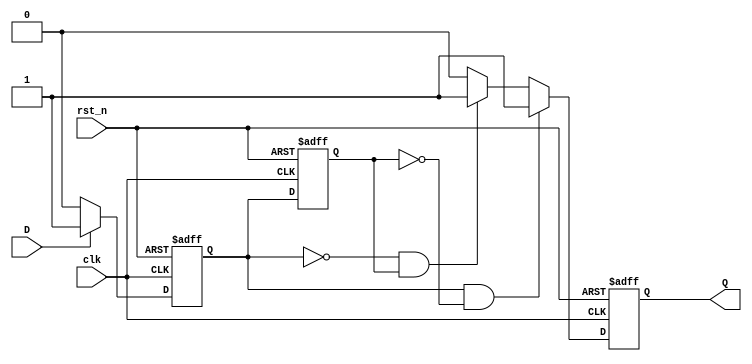
module SchmittTriggerEdgeDetector (
    input wire clk,          // Clock signal
    input wire rst_n,       // Active low reset
    input wire D,           // Input signal
    output reg Q            // Output signal indicating edge detection
);

    // Parameters for Schmitt Trigger thresholds
    parameter HIGH_THRESHOLD = 1'b1; // Define high threshold
    parameter LOW_THRESHOLD = 1'b0;   // Define low threshold

    // Internal signals
    reg D_filtered;          // Filtered output from Schmitt Trigger
    reg D_prev;              // Previous state of the filtered signal

    // Schmitt Trigger logic
    always @(posedge clk or negedge rst_n) begin
        if (!rst_n) begin
            D_filtered <= LOW_THRESHOLD; // Reset filtered signal
        end else begin
            // Simple Schmitt Trigger behavior
            if (D == HIGH_THRESHOLD) begin
                D_filtered <= HIGH_THRESHOLD; // Set to high if input is high
            end else if (D == LOW_THRESHOLD) begin
                D_filtered <= LOW_THRESHOLD; // Set to low if input is low
            end
        end
    end

    // Edge detection logic
    always @(posedge clk or negedge rst_n) begin
        if (!rst_n) begin
            D_prev <= LOW_THRESHOLD; // Reset previous state
            Q <= 1'b0;               // Reset output
        end else begin
            // Detect rising edge
            if (D_filtered == HIGH_THRESHOLD && D_prev == LOW_THRESHOLD) begin
                Q <= 1'b1; // Rising edge detected
            end
            // Detect falling edge
            else if (D_filtered == LOW_THRESHOLD && D_prev == HIGH_THRESHOLD) begin
                Q <= 1'b1; // Falling edge detected
            end
            else begin
                Q <= 1'b0; // No edge detected
            end
            
            // Update previous state
            D_prev <= D_filtered;
        end
    end

endmodule